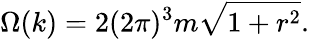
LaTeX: \Omega(k)=2(2\pi)^{3}m\sqrt{1+r^{2}}.